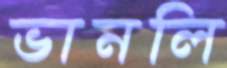
ভানলি